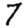
Digit: 7